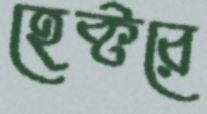
হেক্টরে